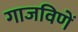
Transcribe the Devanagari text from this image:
गाजविणें